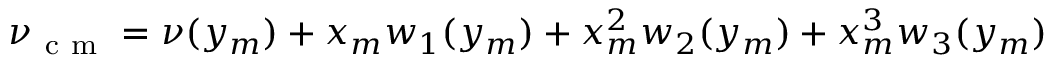
\nu _ { \mathrm { ~ c ~ m ~ } } = \nu ( y _ { m } ) + x _ { m } w _ { 1 } ( y _ { m } ) + x _ { m } ^ { 2 } w _ { 2 } ( y _ { m } ) + x _ { m } ^ { 3 } w _ { 3 } ( y _ { m } )